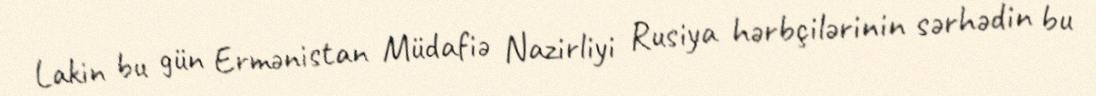
Lakin bu gün Ermənistan Müdafiə Nazirliyi Rusiya hərbçilərinin sərhədin bu